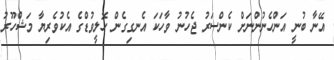
އޭނާ ބުނީ އަންހެނުންނަށް ކެންސަރު ޖެހުނު ވާހަކަ އެނގިގެން ހޮލީވުޑްގެ އެކުވެރިޔާ މަޝްހޫރު